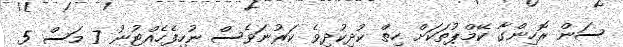
ސަން ރޮހިންގާ ކޭމްޕުތަކަށް ހިތް ކުދިކުދިވެ ކަރުނަވެސް ނުހިފެހެއްޓުނު 7 މަސް 5